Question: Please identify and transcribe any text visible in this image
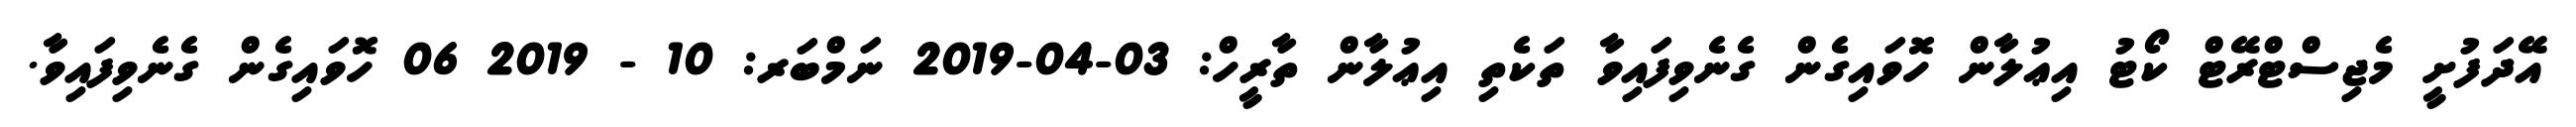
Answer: އޭދަފުށީ މެޖިސްޓްރޭޓް ކޯޓު އިޢުލާން ހޮވައިގެން ގެނެވިފައިވާ ތަކެތި އިޢުލާން ތާރީހް: 03-04-2019 ނަމްބަރ: 10 - 2019 06 ހޮވައިގެން ގެނެވިފައިވާ.